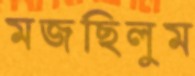
মজছিলুম